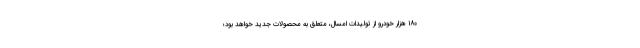
۱۸۰ هزار خودرو از تولیدات امسال، متعلق به محصولات جدید خواهد بود؛